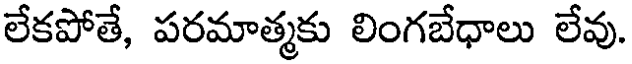
లేకపోతే, పరమాత్మకు లింగబేధాలు లేవు.